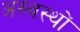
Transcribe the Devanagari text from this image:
अस्वस्थों